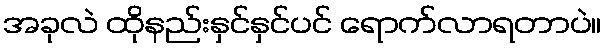
အခုလဲ ထိုနည်းနှင်နှင်ပင် ရောက်လာရတာပဲ။